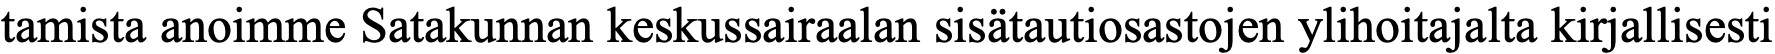
tamista anoimme Satakunnan keskussairaalan sisätautiosastojen ylihoitajalta kirjallisesti